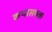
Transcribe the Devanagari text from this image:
कथासपक